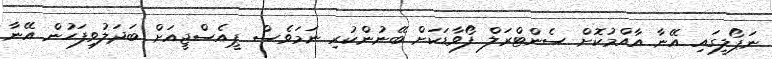
ނަޕޯލީގައި އޭނާ އާއްމުކޮށް ސެންޓްރަލް ފޯވާޑަކަށް ބޭނުންކުރި ނަމަވެސް ޕީއެސްޖީއަށް ބަދަލުވިފަހުން އޭނާ